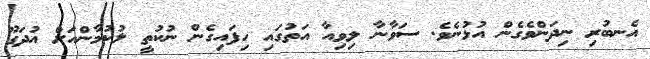
އެނބުރި ނިދަންވެގެން އުޅުނެވެ. ސަވާނާ ލިވިއާ އަތުގައި ހިފައިގެން ނުކުތީ ލުކުމާންއަށް އުދަގޫ